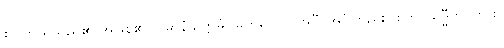
စင်ကြယ်သည်၏ အဖြစ်၏။ ပဓာနံ ဥတ္တမံ၊ မြတ်သော။ အင်္ဂံ၊ အင်္ဂါတည်း။ စိတ္တဝိသုဒ္ဓီတိ၊ ကား။